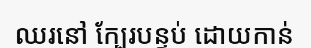
ឈរនៅ ក្បែរបន្ទប់ ដោយកាន់